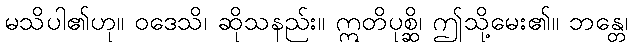
မသိပါ၏ဟု။ ဝဒေသိ၊ ဆိုသနည်း။ ဣတိပုစ္ဆိ၊ ဤသို့မေး၏။ ဘန္တေ၊